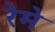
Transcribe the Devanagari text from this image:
रेमे